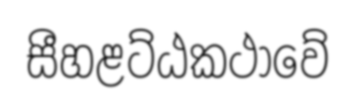
සීහළට්ඨකථාවේ